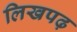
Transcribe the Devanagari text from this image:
लिखपढ़